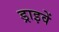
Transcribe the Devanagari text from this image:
ड्राइवें